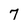
Character: 7